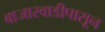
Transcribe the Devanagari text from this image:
बाजारवाडीपासून